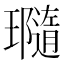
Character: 瓍